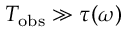
T _ { \mathrm { o b s } } \gg \tau ( \omega )